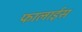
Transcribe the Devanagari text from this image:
फालाईस